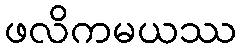
ဖလိကမယဿ